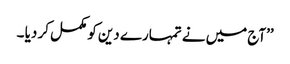
’’آج میں نے تمہارے دین کو مکمل کر دیا ۔